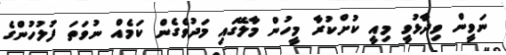
ނަވީން ވިދާޅުވީ މިއީ ކުށްކުރާ މީހުން މާލޭގައި މަދުވެގެން ކަމެއް ނުވަތަ ފުލުހުންގެ